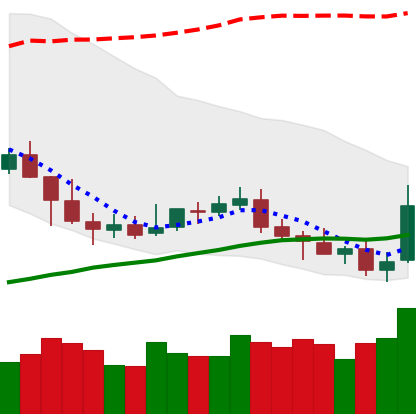
Ticker: NEO-USD
Chart end date: 2019-05-11
Forward return: 21.752%
Label: up_7plus